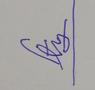
Signature authenticity: forged